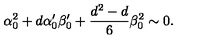
\alpha _ { 0 } ^ { 2 } + d \alpha _ { 0 } ^ { \prime } \beta _ { 0 } ^ { \prime } + { \frac { d ^ { 2 } - d } { 6 } } \beta _ { 0 } ^ { 2 } \sim 0 .